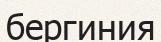
бергиния